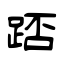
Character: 踎